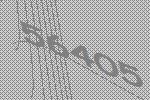
56405